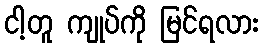
ငါ့တူ ကျုပ်ကို မြင်ရလား